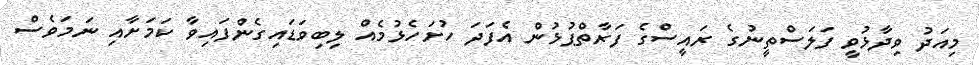
މިއަދު ވިދާޅުވީ ފަލަސްތީނުގެ ރައީސްގެ ފަރާތްޕުޅުން އެފަދަ ހުށަހެޅުމެއް ލިބިވަޑައިގެންފައިވާ ކަމަށާއި ނަމަވެސް